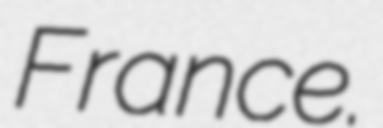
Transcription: France.